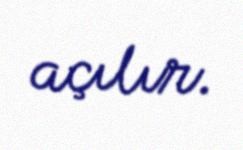
açılır.